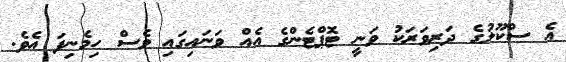
އެ ސްކޫލުގެ ދަރިވަރަކު ވަނީ ޓޮޕްޓެންގެ އެއް ވަނައިގައި ވެސް ހިމެނިފަ އެވެ.